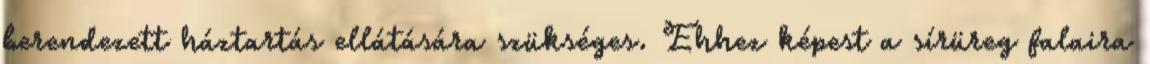
berendezett háztartás ellátására szükséges. Ehhez képest a sírüreg falaira